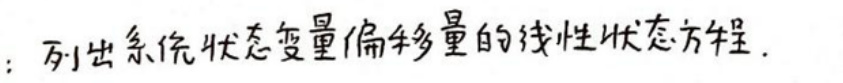
：列出系统状态变量偏移量的线性状态方程.